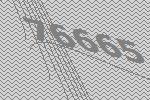
76665